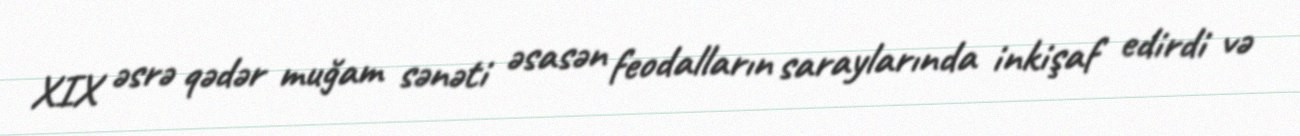
XIX əsrə qədər muğam sənəti əsasən feodalların saraylarında inkişaf edirdi və